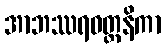
အာဘဿရဝတ္တနိကာ